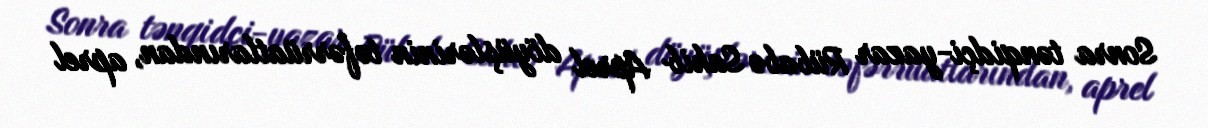
Sonra tənqidçi-yazar Rübabə Sahib Aprel döyüşlərinin təfərrüatlarından, aprel